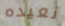
نعيده